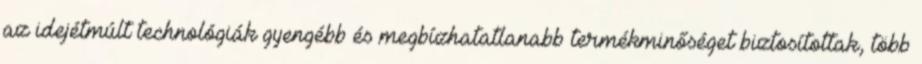
az idejétmúlt technológiák gyengébb és megbízhatatlanabb termékminőséget biztosítottak, több